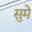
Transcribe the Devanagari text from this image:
सुमे